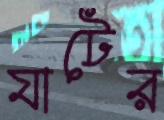
যাটের